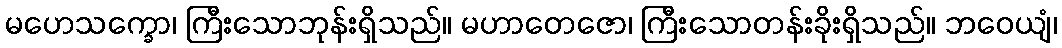
မဟေသက္ခော၊ ကြီးသောဘုန်းရှိသည်။ မဟာတေဇော၊ ကြီးသောတန်းခိုးရှိသည်။ ဘဝေယျံ၊